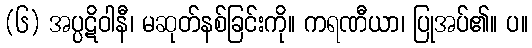
(၆) အပ္ပဋိဝါနီ၊ မဆုတ်နစ်ခြင်းကို။ ကရဏီယာ၊ ပြုအပ်၏။ ပ။